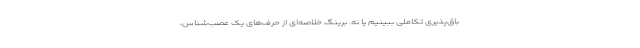
باق‌پذیری تکاملی ببینیم یا نه. برینگ خلاصه‌ای از حرف‌های یک عصب‌شناس،